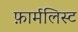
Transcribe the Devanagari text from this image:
फ़ार्मलिस्ट